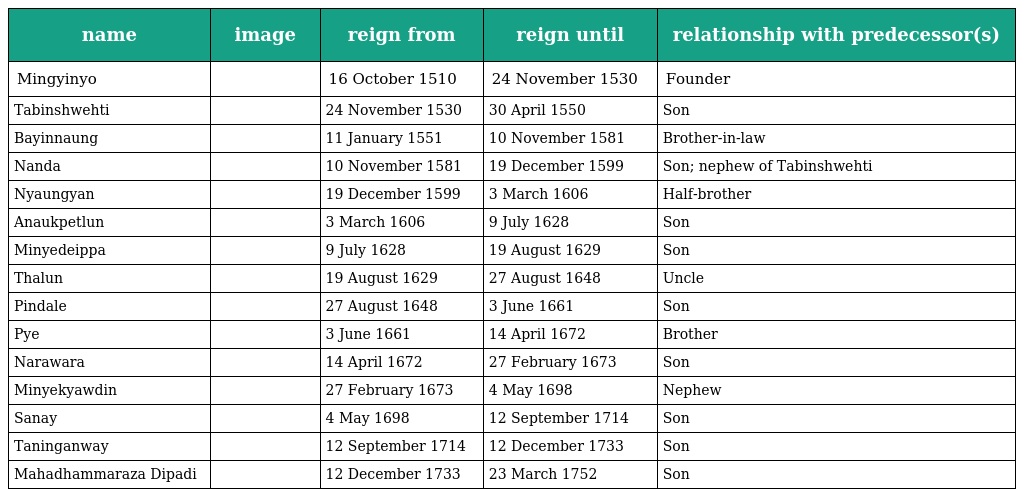
| name | image | reign from | reign until | relationship with predecessor(s) |
 | --- | --- | --- | --- | --- |
 | Mingyinyo |  | 16 October 1510 | 24 November 1530 | Founder |
 | Tabinshwehti |  | 24 November 1530 | 30 April 1550 | Son |
 | Bayinnaung |  | 11 January 1551 | 10 November 1581 | Brother-in-law |
 | Nanda |  | 10 November 1581 | 19 December 1599 | Son; nephew of Tabinshwehti |
 | Nyaungyan |  | 19 December 1599 | 3 March 1606 | Half-brother |
 | Anaukpetlun |  | 3 March 1606 | 9 July 1628 | Son |
 | Minyedeippa |  | 9 July 1628 | 19 August 1629 | Son |
 | Thalun |  | 19 August 1629 | 27 August 1648 | Uncle |
 | Pindale |  | 27 August 1648 | 3 June 1661 | Son |
 | Pye |  | 3 June 1661 | 14 April 1672 | Brother |
 | Narawara |  | 14 April 1672 | 27 February 1673 | Son |
 | Minyekyawdin |  | 27 February 1673 | 4 May 1698 | Nephew |
 | Sanay |  | 4 May 1698 | 12 September 1714 | Son |
 | Taninganway |  | 12 September 1714 | 12 December 1733 | Son |
 | Mahadhammaraza Dipadi |  | 12 December 1733 | 23 March 1752 | Son |